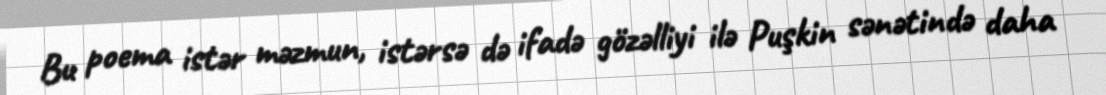
Bu poema istər məzmun, istərsə də ifadə gözəlliyi ilə Puşkin sənətində daha